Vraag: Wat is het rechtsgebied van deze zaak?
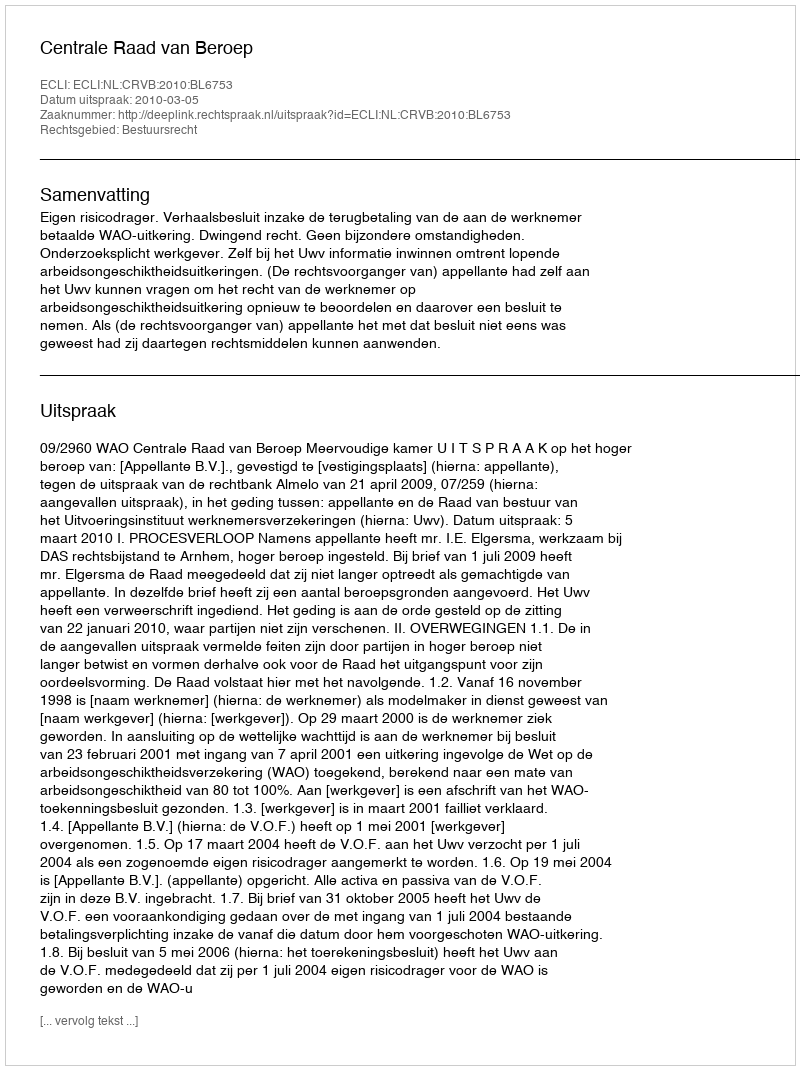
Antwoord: Bestuursrecht